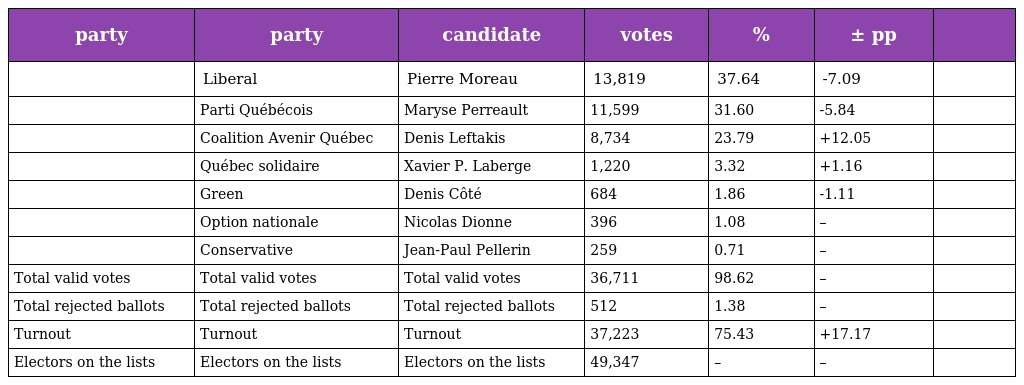
| party | party | candidate | votes | % | ± pp |  |
 | --- | --- | --- | --- | --- | --- | --- |
 |  | Liberal | Pierre Moreau | 13,819 | 37.64 | -7.09 |  |
 |  | Parti Québécois | Maryse Perreault | 11,599 | 31.60 | -5.84 |  |
 |  | Coalition Avenir Québec | Denis Leftakis | 8,734 | 23.79 | +12.05 |  |
 |  | Québec solidaire | Xavier P. Laberge | 1,220 | 3.32 | +1.16 |  |
 |  | Green | Denis Côté | 684 | 1.86 | -1.11 |  |
 |  | Option nationale | Nicolas Dionne | 396 | 1.08 | – |  |
 |  | Conservative | Jean-Paul Pellerin | 259 | 0.71 | – |  |
 | Total valid votes | Total valid votes | Total valid votes | 36,711 | 98.62 | – |  |
 | Total rejected ballots | Total rejected ballots | Total rejected ballots | 512 | 1.38 | – |  |
 | Turnout | Turnout | Turnout | 37,223 | 75.43 | +17.17 |  |
 | Electors on the lists | Electors on the lists | Electors on the lists | 49,347 | – | – |  |